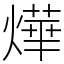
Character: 燁